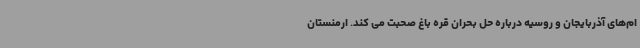
ام‌های آذربایجان و روسیه درباره حل بحران قره باغ صحبت می کند. ارمنستان